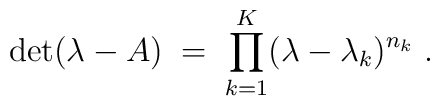
\det (\lambda-A) \;=\; \prod_{k=1}^K (\lambda - \lambda_k)^{n_k}     \;.